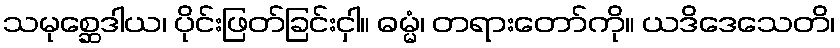
သမုစ္ဆေဒါယ၊ ပိုင်းဖြတ်ခြင်းငှါ။ ဓမ္မံ၊ တရားတော်ကို။ ယဒိဒေသေတိ၊